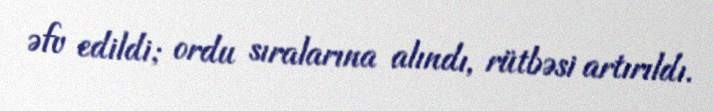
əfv edildi; ordu sıralarına alındı, rütbəsi artırıldı.